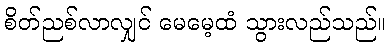
စိတ်ညစ်လာလျှင် မေမေ့ထံ သွားလည်သည်။